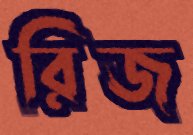
রিজ